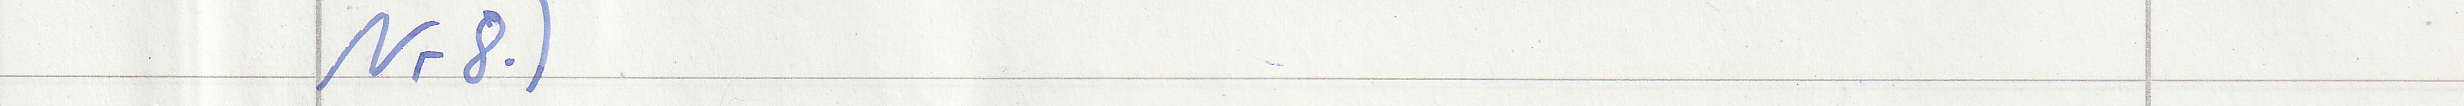
Nr8.)